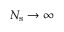
N _ { \mathrm { s } } \rightarrow \infty